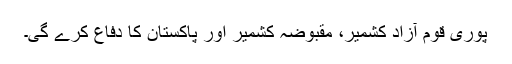
پوری قوم آزاد کشمیر، مقبوضہ کشمیر اور پاکستان کا دفاع کرے گی۔